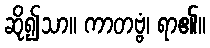
ဆို၍သာ။ ကာတဗ္ဗံ၊ ရာ၏။